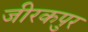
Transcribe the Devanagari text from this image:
जीरकपुर